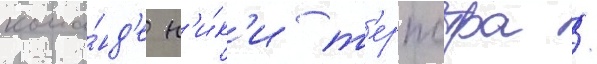
кома́нд'е н'и́к'и т'ерпстра /